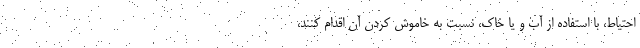
احتیاط، با استفاده از آب و یا خاک، نسبت به خاموش کردن آن اقدام کنند،